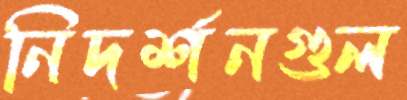
নিদর্শনগুল